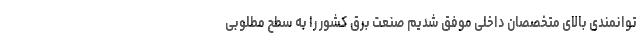
توانمندی بالای متخصصان داخلی موفق شدیم صنعت برق کشور را به سطح مطلوبی